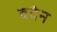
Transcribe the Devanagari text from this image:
वदंन